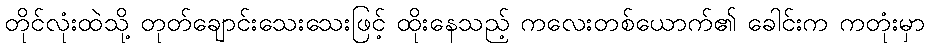
တိုင်လုံးထဲသို့ တုတ်ချောင်းသေးသေးဖြင့် ထိုးနေသည့် ကလေးတစ်ယောက်၏ ခေါင်းက ကတုံးမှာ